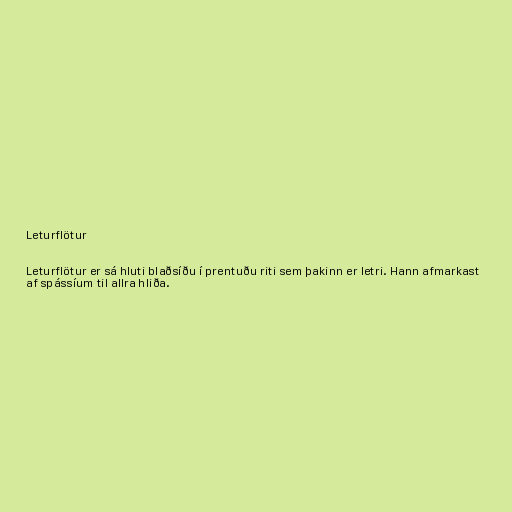
Leturflötur

Leturflötur er sá hluti blaðsíðu í prentuðu riti sem þakinn er letri. Hann afmarkast
af spássíum til allra hliða.